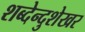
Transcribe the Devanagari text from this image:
शब्देन्दुशेखर